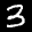
Label: 3